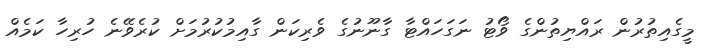
މީގެއިތުރުން ރައްޔިތުންގެ ވޯޓު ނަގަހައްޓާ ގާނޫނުގެ ވެރިކަން ގާއިމުކުރުމަށް ކުރެވޭނެ ހުރިހާ ކަމެއް